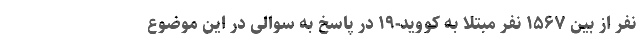
نفر از بین ۱۵۶۷ نفر مبتلا به کووید-۱۹ در پاسخ به سوالی در این موضوع